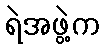
ရဲအဖွဲ့က